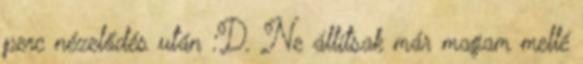
perc nézelődés után :D. Ne állítsak már magam mellé